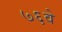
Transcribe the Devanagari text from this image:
७६वे